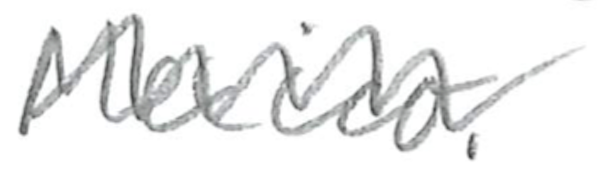
Text: Mexico.
Cross-out: zig-zag
Writing tool: pencil